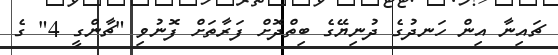
ޗައިނާ އިން ހަނދުގެ ދުނިޔޭގެ ބިތްދޮށް ފަރާތަށް ފޮނުވި "ޗާންގީ 4" ގެ